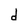
Character: d